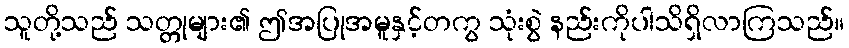
သူတို့သည် သတ္တုများ၏ ဤအပြုအမူနှင့်တကွ သုံးစွဲ နည်းကိုပါသိရှိလာကြသည်။